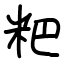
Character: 粑